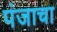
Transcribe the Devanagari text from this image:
पंजाचा